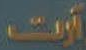
آرت